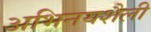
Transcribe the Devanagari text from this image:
अभिनयशैली